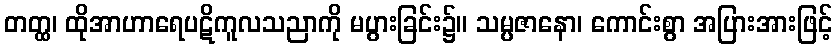
တတ္ထ၊ ထိုအာဟာရေပဋိကူလသညာကို မပွားခြင်း၌။ သမ္ပဇာနော၊ ကောင်းစွာ အပြားအားဖြင့်